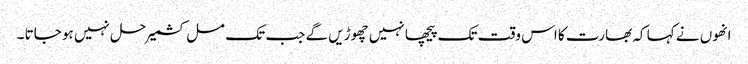
انھوں نے کہا کہ بھارت کا اس وقت تک پیچھا نہیں چھوڑیں گے جب تک مسل کشمیر حل نہیں ہو جاتا ۔